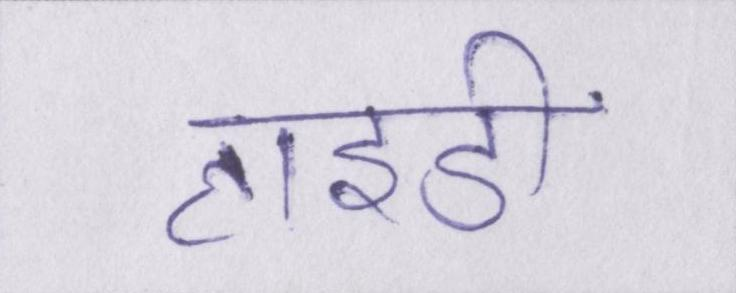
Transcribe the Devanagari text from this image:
हाइडी